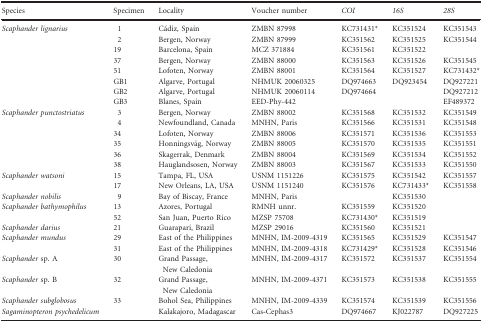
<table><thead><tr><td><b>Species</b></td><td><b>Specimen</b></td><td><b>Locality</b></td><td><b>Voucher number</b></td><td><b><i>COI</i></b></td><td><b><i>16S</i></b></td><td><b><i>28S</i></b></td></tr></thead><tbody><tr><td rowspan="8"><i>Scaphander lignarius</i></td><td>1</td><td>Cádiz, Spain</td><td>ZMBN 87998</td><td>KC731431*</td><td>KC351524</td><td>KC351543</td></tr><tr><td>2</td><td>Bergen, Norway</td><td>ZMBN 87999</td><td>KC351562</td><td>KC351525</td><td>KC351544</td></tr><tr><td>19</td><td>Barcelona, Spain</td><td>MCZ 371884</td><td>KC351561</td><td>KC351522</td><td></td></tr><tr><td>37</td><td>Bergen, Norway</td><td>ZMBN 88000</td><td>KC351563</td><td>KC351526</td><td>KC351545</td></tr><tr><td>51</td><td>Lofoten, Norway</td><td>ZMBN 88001</td><td>KC351564</td><td>KC351527</td><td>KC731432*</td></tr><tr><td>GB1</td><td>Algarve, Portugal</td><td>NHMUK 20060325</td><td>DQ974663</td><td>DQ923454</td><td>DQ927221</td></tr><tr><td>GB2</td><td>Algarve, Portugal</td><td>NHMUK 20060114</td><td>DQ974664</td><td></td><td>DQ927212</td></tr><tr><td>GB3</td><td>Blanes, Spain</td><td>EED‐Phy‐442</td><td></td><td></td><td>EF489372</td></tr><tr><td rowspan="6"><i>Scaphander punctostriatus</i></td><td>3</td><td>Bergen, Norway</td><td>ZMBN 88002</td><td>KC351568</td><td>KC351532</td><td>KC351549</td></tr><tr><td>4</td><td>Newfoundland, Canada</td><td>MNHN, Paris</td><td>KC351566</td><td>KC351531</td><td>KC351548</td></tr><tr><td>34</td><td>Lofoten, Norway</td><td>ZMBN 88006</td><td>KC351571</td><td>KC351536</td><td>KC351553</td></tr><tr><td>35</td><td>Honningsvåg, Norway</td><td>ZMBN 88005</td><td>KC351570</td><td>KC351535</td><td>KC351551</td></tr><tr><td>36</td><td>Skagerrak, Denmark</td><td>ZMBN 88004</td><td>KC351569</td><td>KC351534</td><td>KC351552</td></tr><tr><td>38</td><td>Hauglandsosen, Norway</td><td>ZMBN 88003</td><td>KC351567</td><td>KC351533</td><td>KC351550</td></tr><tr><td rowspan="2"><i>Scaphander watsoni</i></td><td>15</td><td>Tampa, FL, USA</td><td>USNM 1151226</td><td>KC351575</td><td>KC351542</td><td>KC351557</td></tr><tr><td>17</td><td>New Orleans, LA, USA</td><td>USNM 1151240</td><td>KC351576</td><td>KC731433*</td><td>KC351558</td></tr><tr><td><i>Scaphander nobilis</i></td><td>9</td><td>Bay of Biscay, France</td><td>MNHN, Paris</td><td></td><td>KC351530</td><td></td></tr><tr><td rowspan="2"><i>Scaphander bathymophilus</i></td><td>13</td><td>Azores, Portugal</td><td>RMNH unnr.</td><td>KC351559</td><td>KC351520</td><td></td></tr><tr><td>52</td><td>San Juan, Puerto Rico</td><td>MZSP 75708</td><td>KC731430*</td><td>KC351519</td><td></td></tr><tr><td><i>Scaphander darius</i></td><td>21</td><td>Guarapari, Brazil</td><td>MZSP 29016</td><td>KC351560</td><td>KC351521</td><td></td></tr><tr><td rowspan="2"><i>Scaphander mundus</i></td><td>29</td><td>East of the Philippines</td><td>MNHN, IM‐2009‐4319</td><td>KC351565</td><td>KC351529</td><td>KC351547</td></tr><tr><td>31</td><td>East of the Philippines</td><td>MNHN, IM‐2009‐4318</td><td>KC731429*</td><td>KC351528</td><td>KC351546</td></tr><tr><td><i>Scaphander</i> sp. A</td><td>30</td><td>Grand Passage, New Caledonia</td><td>MNHN, IM‐2009‐4317</td><td>KC351572</td><td>KC351537</td><td>KC351554</td></tr><tr><td><i>Scaphander</i> sp. B</td><td>32</td><td>Grand Passage, New Caledonia</td><td>MNHN, IM‐2009‐4371</td><td>KC351573</td><td>KC351538</td><td>KC351555</td></tr><tr><td><i>Scaphander subglobosus</i></td><td>33</td><td>Bohol Sea, Philippines</td><td>MNHN, IM‐2009‐4339</td><td>KC351574</td><td>KC351539</td><td>KC351556</td></tr><tr><td><i>Sagaminopteron psychedelicum</i></td><td></td><td>Kalakajoro, Madagascar</td><td>Cas<b>‐</b>Cephas3</td><td>DQ974667</td><td>KJ022787</td><td>DQ927225</td></tr></tbody></table>